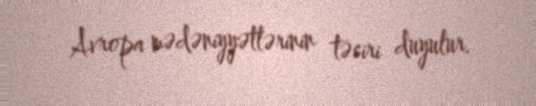
Avropa mədəniyyətlərinin təsiri duyulur.